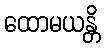
ထောမယန္တိ